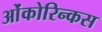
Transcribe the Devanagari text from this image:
ओंकोरिन्कस